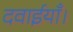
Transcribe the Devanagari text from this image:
दवाईयाँ।